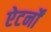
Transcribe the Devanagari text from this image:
ऐटर्नों